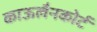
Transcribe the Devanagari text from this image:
काऊलैनकोर्ट